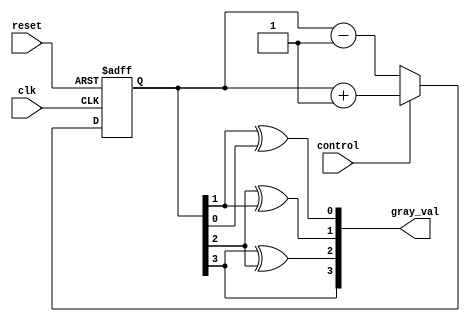
module gray_counter (
    input wire clk,
    input wire reset,
    input wire control,
    output reg [3:0] gray_val
);

reg [3:0] count;

always @(posedge clk or posedge reset) begin
    if (reset) begin
        count <= 4'b0000;
    end else begin
        if (control) begin
            count <= count + 1;
        end else begin
            count <= count - 1;
        end
    end
end

assign gray_val = {count[3], count[3]^count[2], count[2]^count[1], count[1]^count[0]};

endmodule